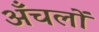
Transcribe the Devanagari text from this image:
अँचलों